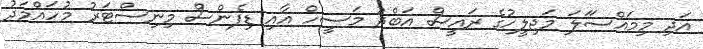
އަދި މިމައްސަަލަ މަޖިލީހުގެ ރައީސް އަބްދު މަސީހް އާއި ޑިފެންސް މިނިސްޓަރު މުހައްމަދު